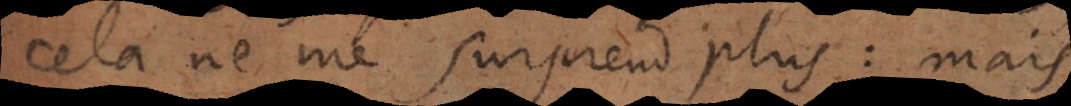
cela ne me surprend plus: mais